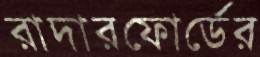
রাদারফোর্ডের